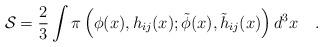
LaTeX: \begin{align*}{\mathcal{S}}=\frac{2}{3}\int\pi\left(\phi(x),h_{ij}(x);\tilde{\phi}(x),\tilde{h}_{ij}(x)\right)d^{3}x ~~~.\end{align*}